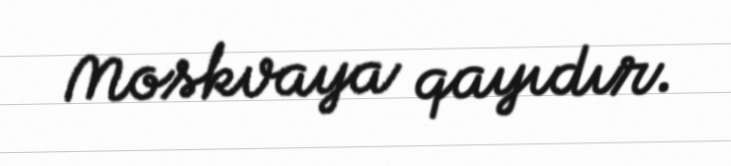
Moskvaya qayıdır.